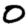
Digit: 0